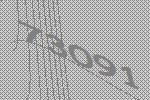
73091